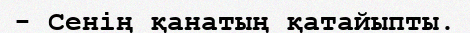
- Сенің қанатың қатайыпты.